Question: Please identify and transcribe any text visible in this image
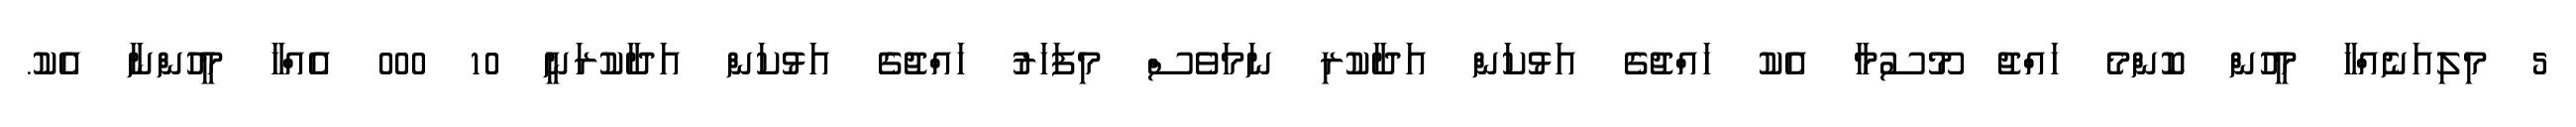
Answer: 5 މިލިއަނެއްހާ މީހުން ކޮންމެ ހައްޖު މޫސުމާ އެކު ހައްޖުގެ އަޅުކަން އަދާކުރި ނަމަވެސް މިފަހަރު ހައްޖުގެ އަޅުކަން އަދާކުރަނީ 10 000 އެއްހާ މީހުންނާ އެކު.